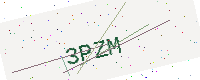
Text: 3PZM